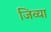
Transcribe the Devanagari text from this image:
जिव्या